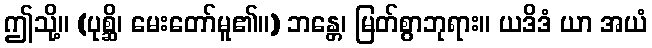
ဤသို့။ (ပုစ္ဆိ၊ မေးတော်မူ၏။) ဘန္တေ၊ မြတ်စွာဘုရား။ ယဒိဒံ ယာ အယံ